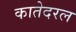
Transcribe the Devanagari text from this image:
कातेदरल